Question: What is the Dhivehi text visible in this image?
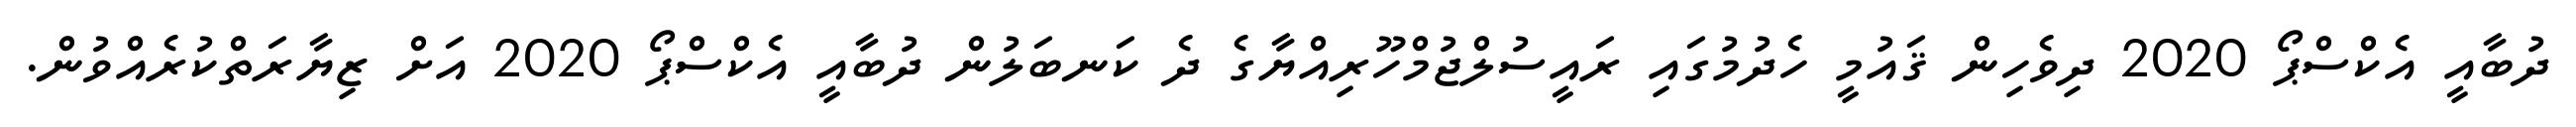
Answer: ދުބާއީ އެކްސްޕޯ 2020 ދިވެހިން ޤައުމީ ހެދުމުގައި ރައީސުލްޖުމްހޫރިއްޔާގެ ދެ ކަނބަލުން ދުބާއީ އެކްސްޕޯ 2020 އަށް ޒިޔާރަތްކުރެއްވުން.